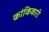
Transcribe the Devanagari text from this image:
क्रांकिकारी